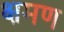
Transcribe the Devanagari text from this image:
क्षमण